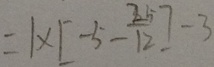
= 1 \times [ - 5 - \frac { 2 5 } { 1 2 } ] - 3